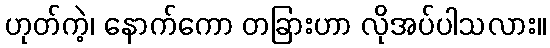
ဟုတ်ကဲ့၊ နောက်ကော တခြားဟာ လိုအပ်ပါသလား။